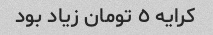
کرایه ٥ تومان زیاد بود